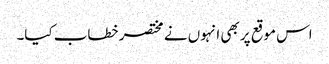
اس موقع پر بھی انہوں نے مختصر خطاب کیا۔